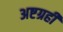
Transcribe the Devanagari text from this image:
अष्टग्रही